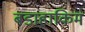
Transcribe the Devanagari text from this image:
बडाहाकिम